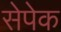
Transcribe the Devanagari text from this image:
सेपेक